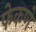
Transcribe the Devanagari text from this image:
फेकणे